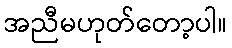
အညီမဟုတ်တော့ပါ။